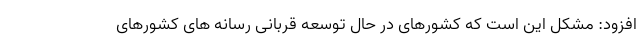
افزود: مشکل این است که کشورهای در حال توسعه قربانی رسانه های کشورهای